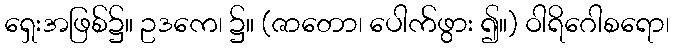
ရှေးအဖြစ်၌။ ဥဒကေ၊ ၌။ (ဇာတော၊ ပေါက်ဖွား ၍။) ဝါရိဂေါစရော၊